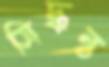
সিদ্ধন্ত